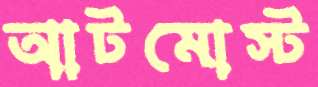
আটমোস্ট